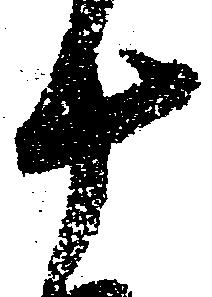
十